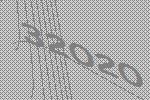
32020